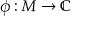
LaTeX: \phi : M \to \mathbb { C }